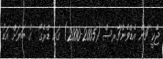
ޖެކީ ޗަން އެޑްވެންޗާރސް (2005-2000) ގައި ޑްރެގޯ  ގެ ބަޔަށް އަޑު